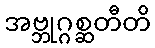
အဗ္ဘုဂ္ဂစ္ဆတီတိ